Indian journal of veterinary science and animal husbandry - Volume 2,
Year: 1932
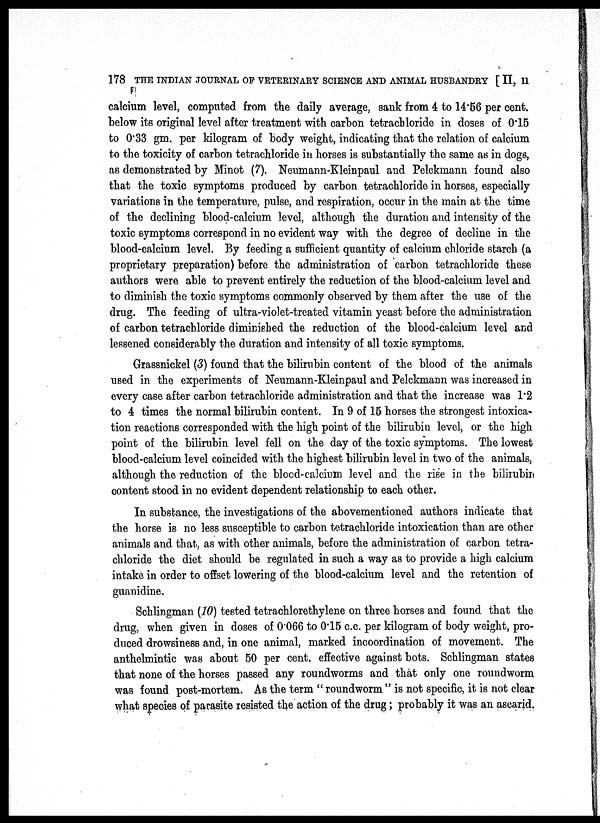
178 THE INDIAN JOURNAL OF VETERINARY SCIENCE AND ANIMAL HUSBANDRY [ II, II
calcium level, computed from the daily average, sank from 4 to 14.56 per cent.
below its original level after treatment with carbon tetrachloride in doses of 0.15
to 0.33 gm. per kilogram of body weight, indicating that the relation of calcium
to the toxicity of carbon tetrachloride in horses is substantially the same as in dogs,
as demonstrated by Minot (7). Neumann-Kleinpaul and Pelckmann found also
that the toxic symptoms produced by carbon tetrachloride in horses, especially
variations in the temperature, pulse, and respiration, occur in the main at the time
of the declining blood-calcium level, although the duration and intensity of the
toxic symptoms correspond in no evident way with the degree of decline in the
blood-calcium level. By feeding a sufficient quantity of calcium chloride starch (a
proprietary preparation) before the administration of carbon tetrachloride these
authors were able to prevent entirely the reduction of the blood-calcium level and
to diminish the toxic symptoms commonly observed by them after the use of the
drug. The feeding of ultra-violet-treated vitamin yeast before the administration
of carbon tetrachloride diminished the reduction of the blood-calcium level and
lessened considerably the duration and intensity of all toxic symptoms.
Grassnickel (3) found that the bilirubin content of the blood of the animals
used in the experiments of Neumann-Kleinpaul and Pelckmann was increased in
every case after carbon tetrachloride administration and that the increase was 1.2
to 4 times the normal bilirubin content. In 9 of 15 horses the strongest intoxica-
tion reactions corresponded with the high point of the bilirubin level, or the high
point of the bilirubin level fell on the day of the toxic symptoms. The lowest
blood-calcium level coincided with the highest bilirubin level in two of the animals,
although the reduction of the blood-calcium level and the rise in the bilirubin
content stood in no evident dependent relationship to each other.
In substance, the investigations of the abovementioned authors indicate that
the horse is no less susceptible to carbon tetrachloride intoxication than are other
animals and that, as with other animals, before the administration of carbon tetra-
chloride the diet should be regulated in such a way as to provide a high calcium
intake in order to offset lowering of the blood-calcium level and the retention of
guanidine.
Schlingman (10) tested tetrachlorethylene on three horses and found that the
drug, when given in doses of 0.066 to 0.15 c.c. per kilogram of body weight, pro-
duced drowsiness and, in one animal, marked incoordination of movement. The
anthelmintic was about 50 per cent. effective against bots. Schlingman states
that none of the horses passed any roundworms and that only one roundworm
was found post-mortem. As the term " roundworm " is not specific, it is not clear
what species of parasite resisted the action of the drug; probably it was an ascarid.